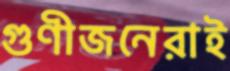
গুণীজনেরাই